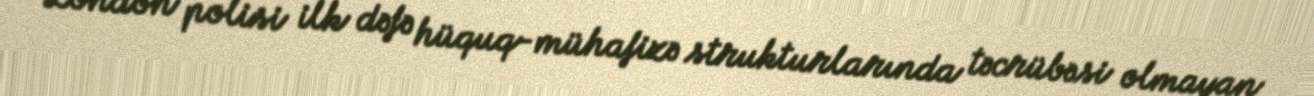
London polisi ilk dəfə hüquq-mühafizə strukturlarında təcrübəsi olmayan